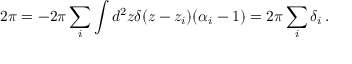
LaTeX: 2 \pi = - 2 \pi \sum _ { i } \int d ^ { 2 } z \delta ( z - z _ { i } ) ( \alpha _ { i } - 1 ) = 2 \pi \sum _ { i } \delta _ { i } \, .